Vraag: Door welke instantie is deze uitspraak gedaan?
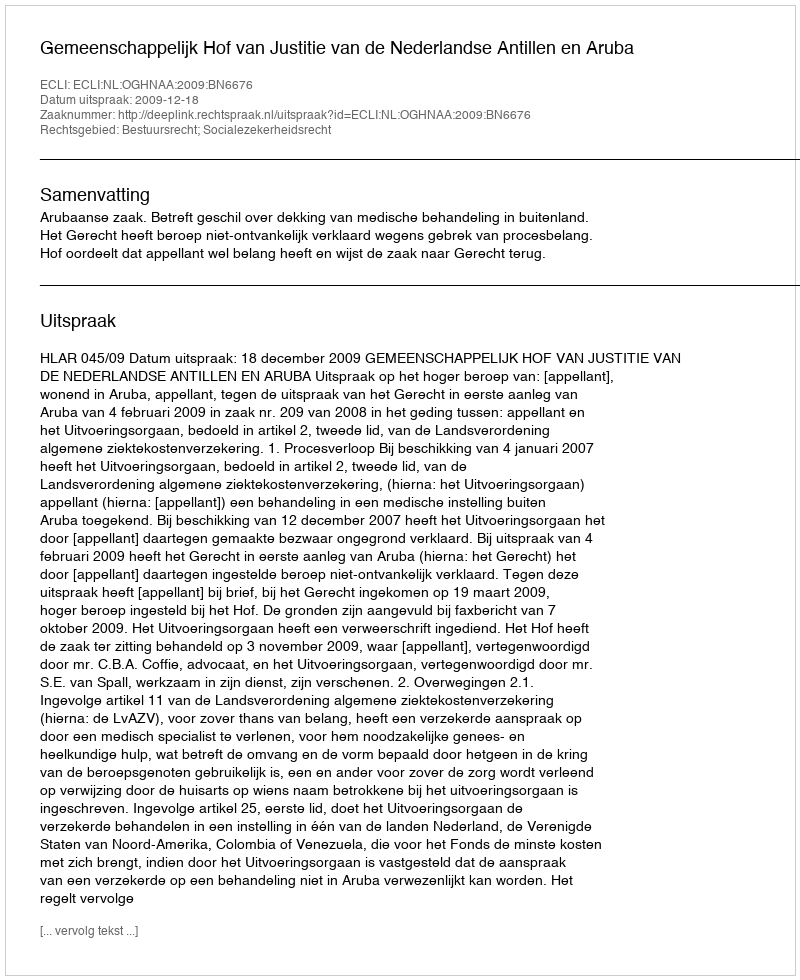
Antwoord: Gemeenschappelijk Hof van Justitie van de Nederlandse Antillen en Aruba